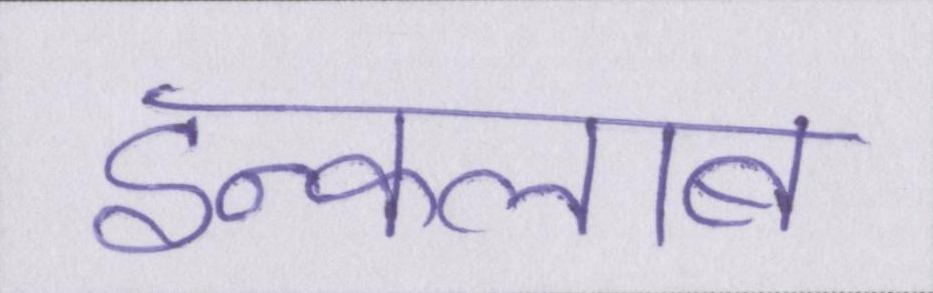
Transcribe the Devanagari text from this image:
इन्कलाब